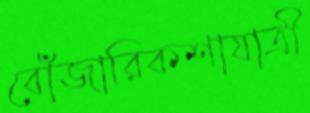
বোঁজারিকশাযাত্রী